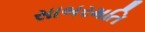
સાબરમતિ